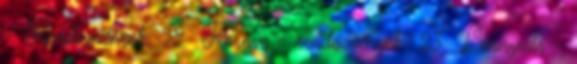
- Rendezvények 92 Környe - rendezvények 23 Leányvár -